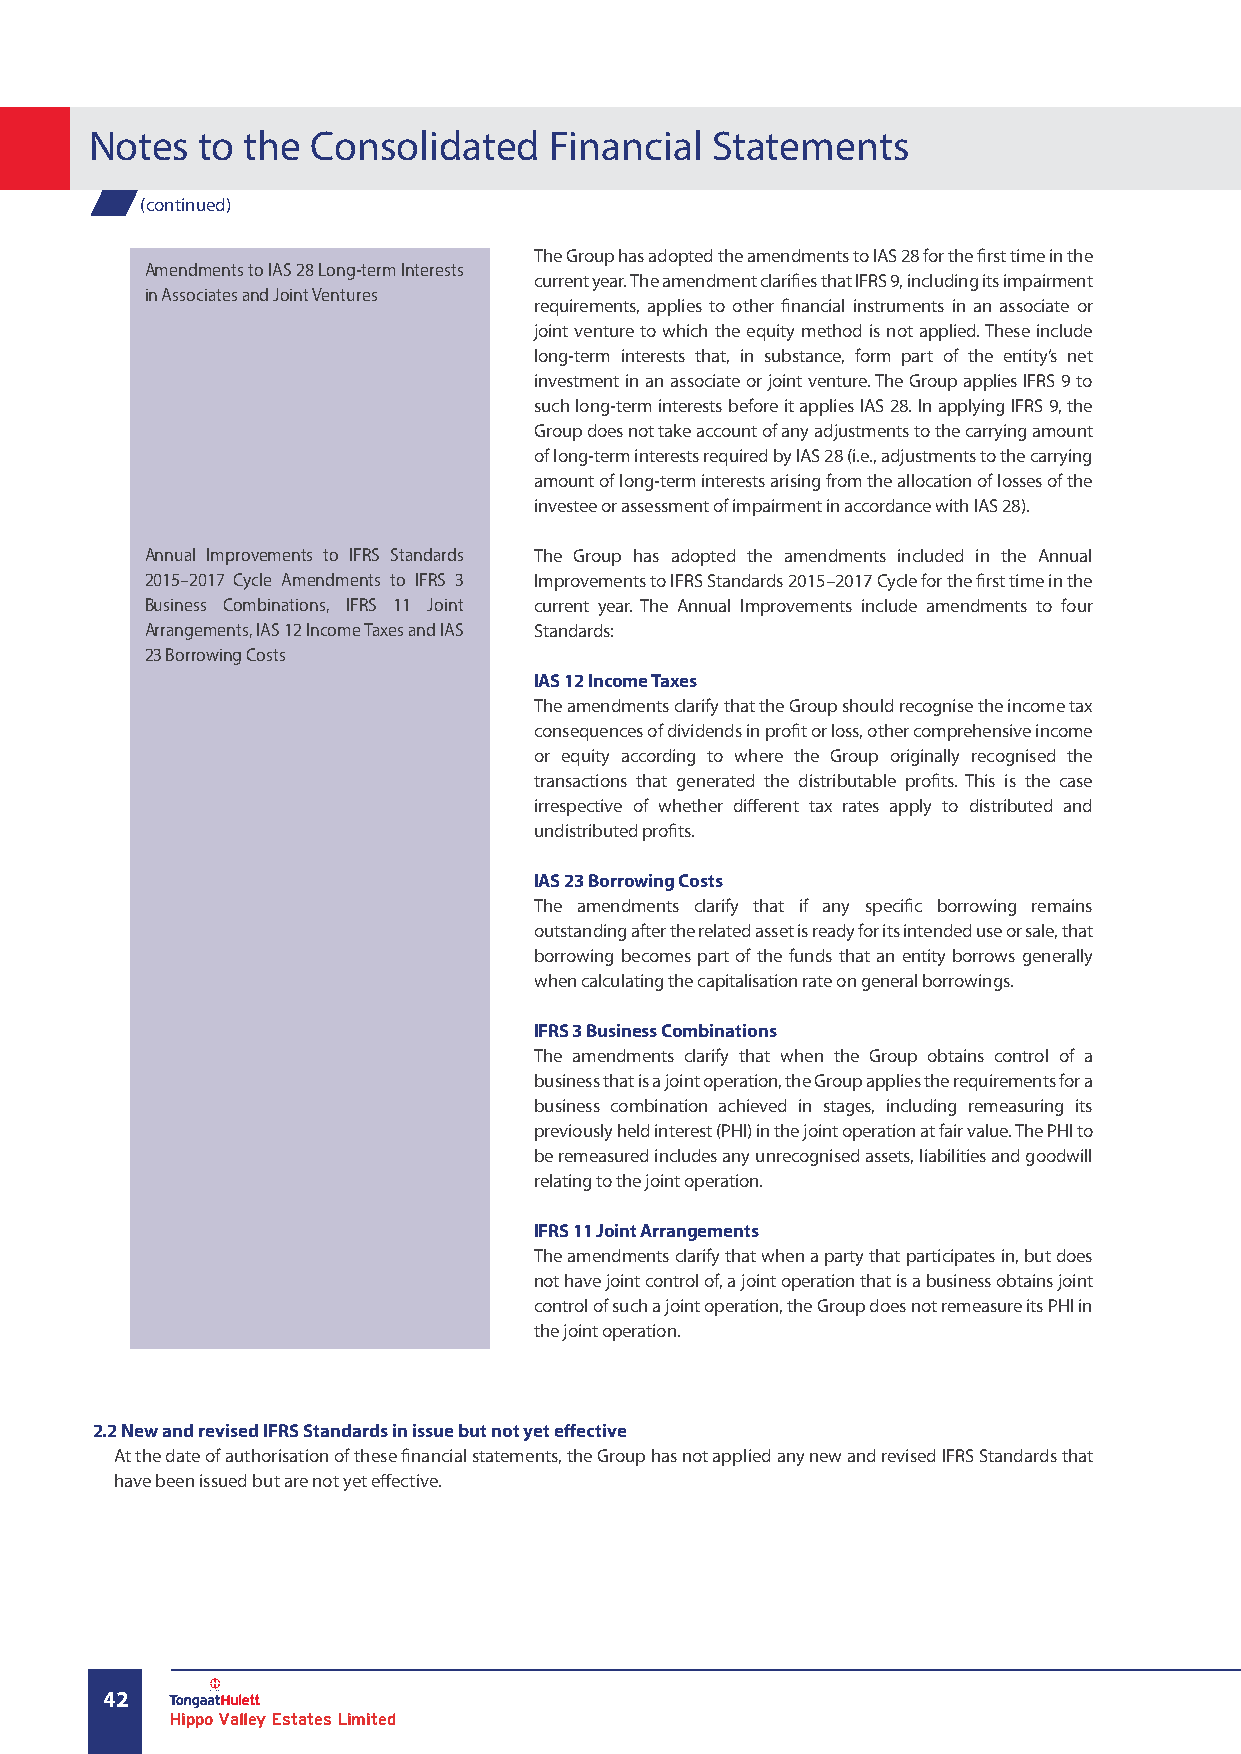
Notes  to the  Consolidated   Financial  Statements
 (continued)
 The Group has adopted the amendments to IAS 28 for the first time in the
 Amendments to IAS 28 Long-term Interests
 current year. The amendment clarifies that IFRS 9, including its impairment
 in Associates and Joint Ventures
 requirements, applies to other financial instruments in an associate or
 joint venture to which the equity method is not applied. These include
 long-term interests that, in substance, form part of the entity’s net
 investment in an associate or joint venture. The Group applies IFRS 9 to
 such long-term interests before it applies IAS 28. In applying IFRS 9, the
 Group does not take account of any adjustments to the carrying amount
 of long-term interests required by IAS 28 (i.e., adjustments to the carrying
 amount of long-term interests arising from the allocation of losses of the
 investee or assessment of impairment in accordance with IAS 28).
 Annual Improvements to IFRS Standards The Group has adopted the amendments included in the Annual
 2015–2017 Cycle Amendments to IFRS 3 Improvements to IFRS Standards 2015–2017 Cycle for the first time in the
 Business Combinations, IFRS 11 Joint current year. The Annual Improvements include amendments to four
 Arrangements, IAS 12 Income Taxes and IAS Standards:
 23 Borrowing Costs
 IAS 12 Income Taxes
 The amendments clarify that the Group should recognise the income tax
 consequences of dividends in profit or loss, other comprehensive income
 or equity according to where the Group originally recognised the
 transactions that generated the distributable profits. This is the case
 irrespective of whether different tax rates apply to distributed and
 undistributed profits.
 IAS 23 Borrowing Costs
 The amendments clarify that if any specific borrowing remains
 outstanding after the related asset is ready for its intended use or sale, that
 borrowing becomes part of the funds that an entity borrows generally
 when calculating the capitalisation rate on general borrowings.
 IFRS 3 Business Combinations
 The amendments clarify that when the Group obtains control of a
 business that is a joint operation, the Group applies the requirements for a
 business combination achieved in stages, including remeasuring its
 previously held interest (PHI) in the joint operation at fair value. The PHI to
 be remeasured includes any unrecognised assets, liabilities and goodwill
 relating to the joint operation.
 IFRS 11 Joint Arrangements
 The amendments clarify that when a party that participates in, but does
 not have joint control of, a joint operation that is a business obtains joint
 control of such a joint operation, the Group does not remeasure its PHI in
 the joint operation.
 2.2 New and revised IFRS Standards in issue but not yet effective
 At the date of authorisation of these financial statements, the Group has not applied any new and revised IFRS Standards that
 have been issued but are not yet effective.
 42
 Hippo Valley Estates Limited